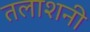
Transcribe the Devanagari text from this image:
तलाशनी